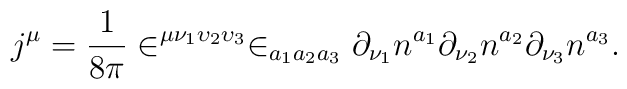
j^\mu =\frac 1{8\pi }\in ^{\mu \nu _1\upsilon _2\upsilon _3}\in_{a_1a_2a_3}\partial _{\nu _1}n^{a_1}\partial _{\nu _2}n^{a_2}\partial _{\nu_3}n^{a_3}.